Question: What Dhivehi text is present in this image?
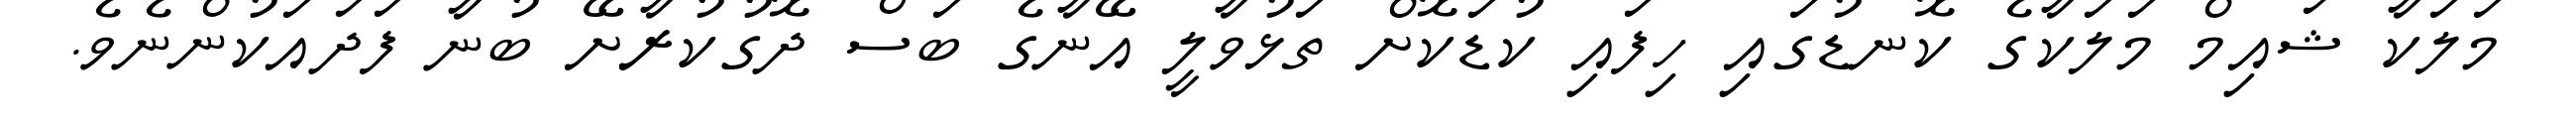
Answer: މަލަކާ ޝައިމް މަލަކާގެ ކޮނޑުގައި ހިފައި ކުޑަކޮށް ތަޅުވާލީ އޭނާގެ ބަސް ދޮގުކުރާށޭ ބުނާ ފަދައަކުންނެވެ.